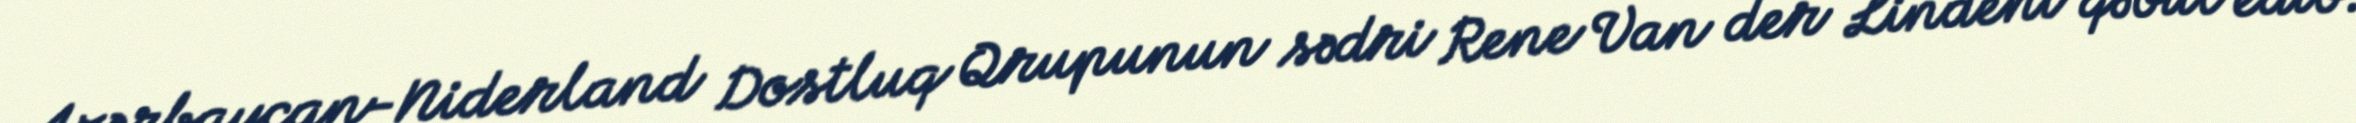
Azərbaycan-Niderland Dostluq Qrupunun sədri Rene Van der Lindeni qəbul edib.